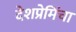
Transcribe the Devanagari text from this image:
देशप्रेमिंचा